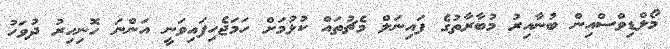
މޯލްޑިވްސްއިން ބުނާއިރު މުބާރާތުގެ ފައިނަލް މެޗުތައް ކުޅުމަށް ހަމަޖެހިފައިވަނީ އަންނަ ހޮނިހިރު ދުވަހު